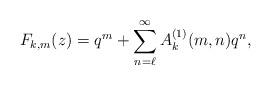
LaTeX: \begin{align*}F_{k,m}(z) = q^m + \sum_{n=\ell}^\infty A_k^{(1)}(m,n) q^n,\end{align*}